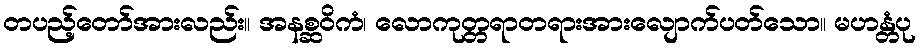
တပည့်တော်အားလည်း။ အနစ္ဆဝိကံ၊ လောကုတ္တရာတရားအားလျောက်ပတ်သော။ မဟန္တံပု